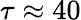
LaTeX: \tau\approx 40